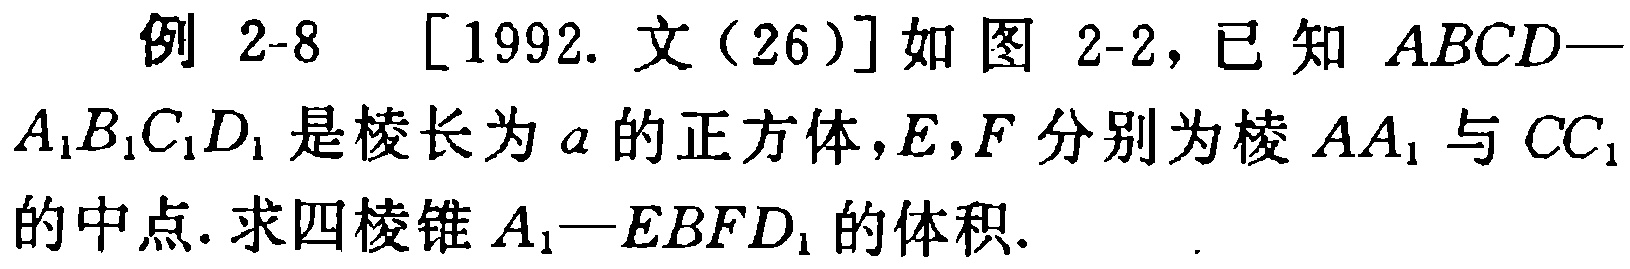
例 2-8 [1992. 文（26）]如图 2-2，已知 \(ABCD—A_{1}B_{1}C_{1}D_{1}\) 是棱长为 \(a\) 的正方体，\(E,F\) 分别为棱 \(AA_{1}\) 与 \(CC_{1}\) 的中点. 求四棱锥 \(A_{1}-EBFD_{1}\) 的体积.